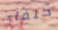
حلفاء